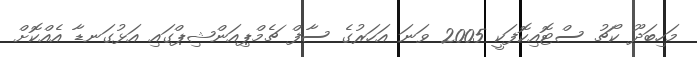
މަހިބަދޫ ކޯޗު ސްޓޮއިކޮފަކީ 2005 ވަނަ އަހަރުގެ ސާފް ޗެމްޕިއަންޝިޕްގައި އަޅުގަނޑާ އެއްކޮށް